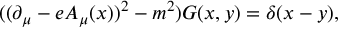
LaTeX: ( ( \partial _ { \mu } - e A _ { \mu } ( x ) ) ^ { 2 } - m ^ { 2 } ) G ( x , y ) = \delta ( x - y ) ,